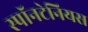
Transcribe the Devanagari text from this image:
स्पॉनटेनियस